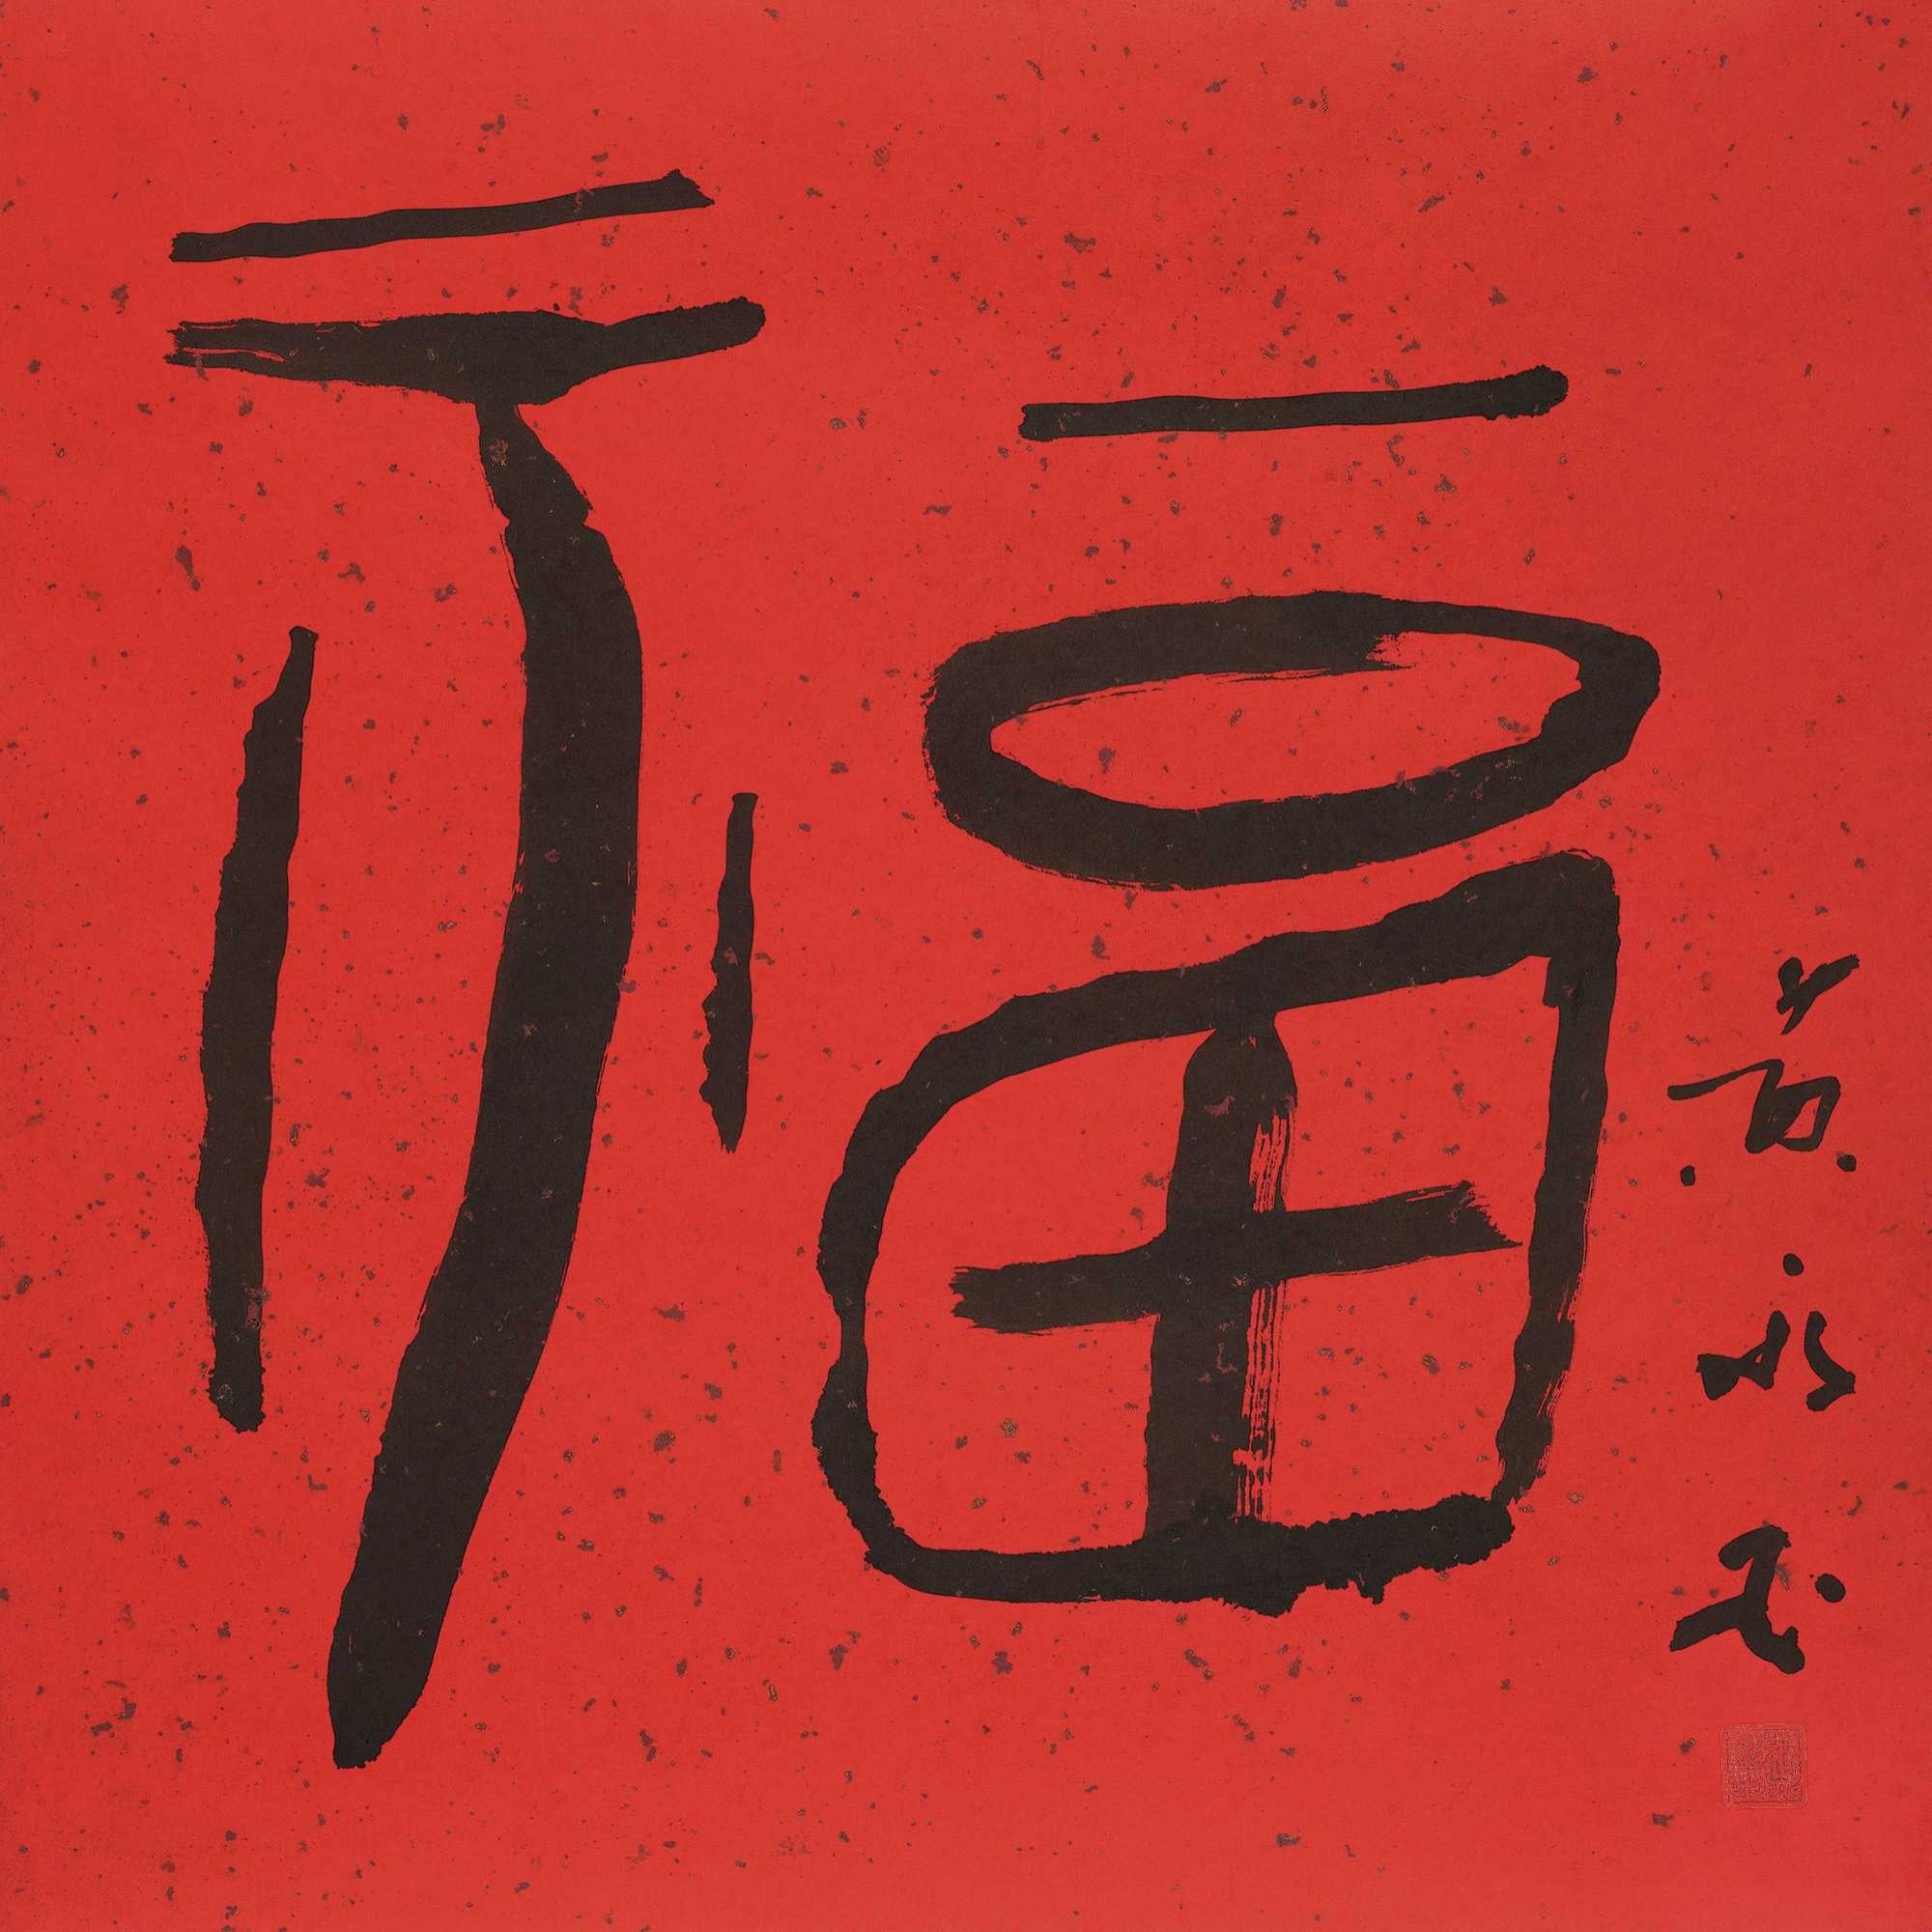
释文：福黄永玉